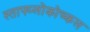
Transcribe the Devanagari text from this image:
स्ताफ्य्लोकोच्कल